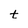
Character: t